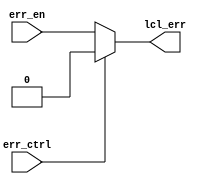
`timescale 1ns / 1ps
//////////////////////////////////////////////////////////////////////////////////
// Company: 
// Engineer: 
// 
// Design Name: 
// Module Name:    lclErrCtrlSplitter 
// Project Name: 
// Target Devices: 
// Tool versions: 
// Description: 
//
// Dependencies: 
//
// Revision: 
// Revision 0.01 - File Created
// Additional Comments: 
//
//////////////////////////////////////////////////////////////////////////////////
module lclErrCtrlSplitter(err_en, err_ctrl, lcl_err);
	 
	 parameter INW = 1;
	 parameter LCL = 1;
	 
    input err_en;
    input [INW-1 : 0] err_ctrl;
    output [LCL-1 : 0] lcl_err;

	genvar i;
	generate
		for(i = 0; i < LCL; i = i + 1)
		begin : ONEHOT
			assign lcl_err[i] = (err_ctrl == i)? err_en : 1'b0;
		end
	endgenerate
endmodule